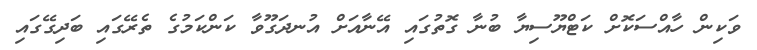
ވަކިން ހާއްސަކޮށް ކަޓްޔޫސިޔާ ބުނާ ގޮތުގައި އޭނާއަށް އުނދަގޫވާ ކަންކަމުގެ ތެރޭގައި ބަދިގޭގައި